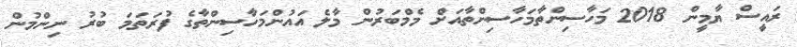
ރައީސް ޔާމީން 2018 މަހާސިންތާމަހާސިންތާއަށް މެމްބަރުން މާލެ އަައުންމަހާސިންތާގެ ފުރަތަމަ ބުރު ނިންމުން